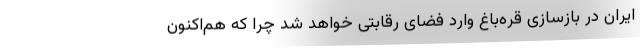
ایران در بازسازی قره‌باغ وارد فضای رقابتی خواهد شد چرا که هم‌اکنون